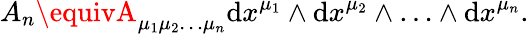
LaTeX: A_{n}\equivA_{\mu_{1}\mu_{2}\ldots\mu_{n}}\mathrm{d}x^{\mu_{1}}\wedge\mathrm{d}x^{\mu_{2}}\wedge\ldots\wedge\mathrm{d}x^{\mu_{n}}.